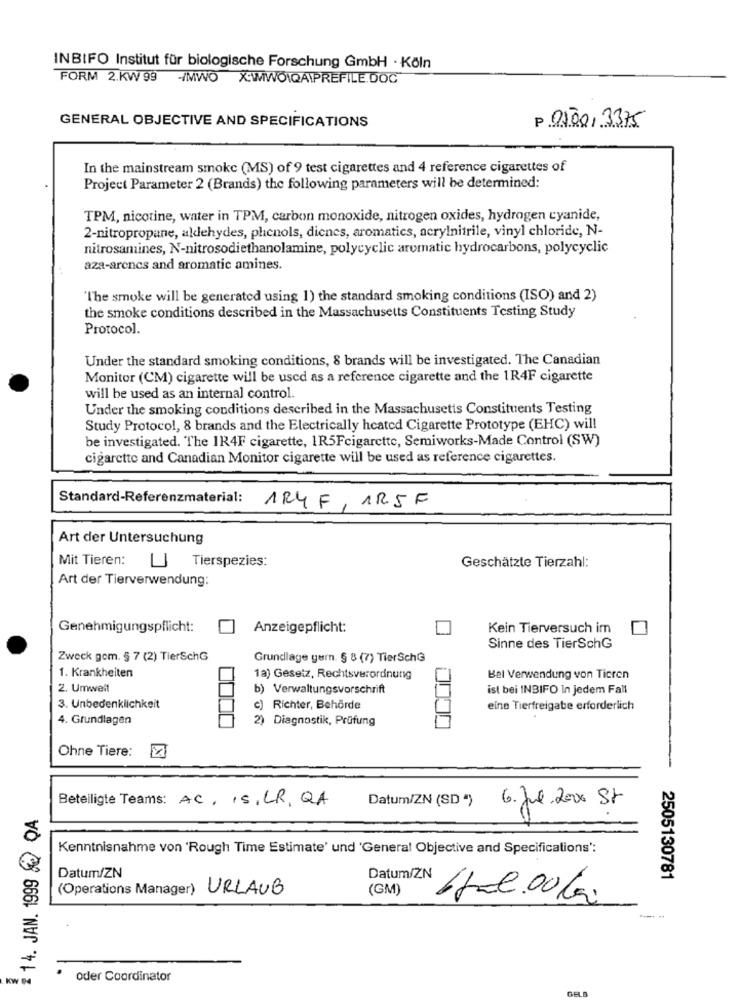
INBIFO Institut für biologische Forschung GmbH · Köln
FORM 2.KW 99 -/MWO X:\WIWOIQAPREFILE.DOC
GENERAL OBJECTIVE AND SPECIFICATIONS
P 0500/ 3375
In the mainstream smoke (MS) of 9 test cigarettes and 4 reference cigarettes of
Project Parameter 2 (Brands) the following parameters will be determined:
TPM, nicotine, water in TPM, carbon monoxide, nitrogen oxides, hydrogen cyanide,
2-nitropropane, aldehydes, phenols, dicnes, aromatics, acrylnitrile, vinyl chloride, N-
nitrosamines, N-nitrosodiethanolamine, polycyclic aromatic hydrocarbons, polycyclic
aza-arenes and aromatic amines.
"The smoke will be generated using 1) the standard smoking conditions (ISO) and 2)
the smoke conditions described in the Massachusetts Constituents Testing Study
Protocol.
Under the standard smoking conditions, 8 brands will be investigated. The Canadian
Monitor (CM) cigarette will be used as a reference cigarette and the 1R4F cigarette
will be used as an internal control.
Under the smoking conditions described in the Massachusetts Constituents Testing
Study Protocol, 8 brands and the Electrically heated Cigarette Prototype (EHC) will
be investigated. The 1R4F cigarette, 1R5Fcigarette, Semiworks-Made Control (SW)
cigarette and Canadian Monitor cigarette will be used as reference cigarettes.
Standard-Referenzmaterial:
1R4 F , AR5F
Art der Untersuchung
Mit Tieren:
U Tierspezies:
Geschätzte Tierzahl:
Art der Tierverwendung:
Genehmigungspflicht:
Anzeigepflicht:
Kein Tierversuch im
Sinne des TierSchG
Zweck gem. § 7 (2) TierSchG
Grundlage gem. § 8 (7) TierSchG
1. Krankheiten
1a) Gesetz, Rechtsverordnung
Bel Verwendung von Tieren
2. Umwelt
b) Verwaltungsvorschrift
ist bei INBIFO In jedem Fall
3. Unbedenklichkeit
c) Richter, Behörde
eine Tierfreigabe erforderlich
4. Grundlagen
2) Diagnostik, Prüfung
Ohne Tiere:
-
Beteiligte Teams: AC. IS, LR, QA
Datum/ZN (SD *) 6.Jul 2010 St
₹ 14. JAN. 1999 & QA
Kenntnisnahme von 'Rough Time Estimate' und 'General Objective and Specifications':
Datum/ZN
2505130781
(Operations Manager) URLAUB
(GM)
Datum/ZN /fal.cola.
oder Coordinator